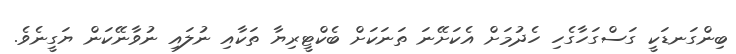
ބިންގަނޑަކީ ގަސްގަހާގެހި ހެދުމަށް އެކަށޭނަ ތަނަކަށް ބެކްޓީރިޔާ ތަކާއި ނުލައި ނުވާނޭކަން ޔަގީނެވެ.